Code of medical and sanitary regulations for the guidance of medical officers serving in the Madras Presidency - Volume II
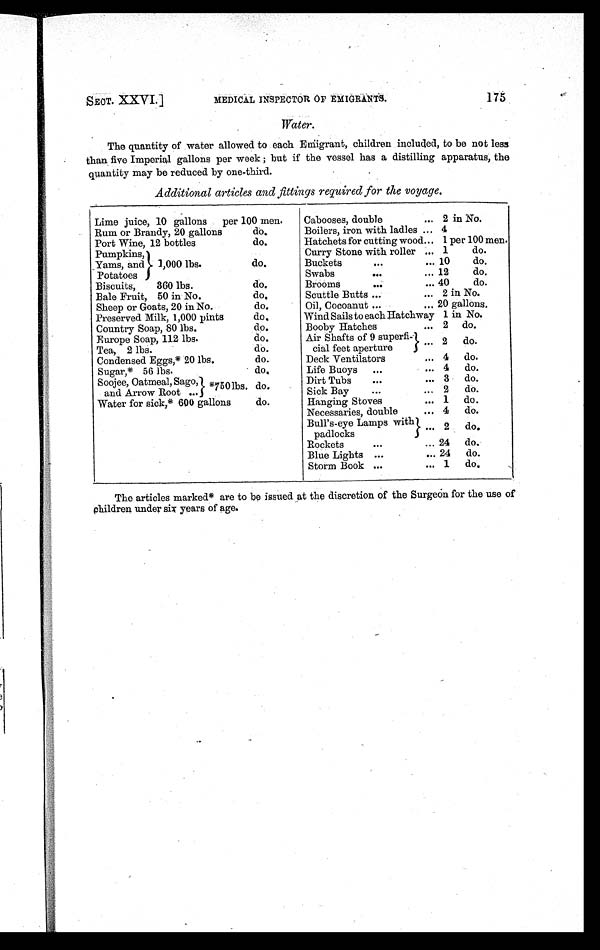
SECT.
XXVI.]
MEDICAL INSPECTOR OF EMIGRANTS.
175
Water.
The quantity of water allowed to each Emigrant, children included, to be not less
than five Imperial gallons per week; but if the vessel has a distilling apparatus, the
quantity may be reduced by one-third.
Additional articles and fittings required for the voyage.
Lime juice, 10 gallons per 100 men.
Cabooses, double
... 2 in No.
Rum or Brandy, 20 gallons
do.
Boilers, iron with ladles ... 4
Port Wine, 12 bottles
do.
Hatchets for cutting wood... 1 per 100 men.
Pumpkins,
1,000 Ibs.
do.
Curry Stone with roller ... 1
do.
Yams, and
Buckets
. . .
... 10
do.
Potatoes
Swabs
. . .
... 12
do.
Biscuits, 360 Ibs.
do.
Brooms
. . .
... 40
do.
Bale Fruit, 50 in No.
d o .
Scuttle Butts ...
... 2 in No.
Sheep or Goats, 20 in No.
d o .
Oil, Cocoanut ...
... 20 gallons.
Preserved Milk, 1,000 pints
d o .
Wind Sails to each Hatchway 1 in No.
Country Soap, 80 lbs.
do.
Booby Hatches
... 2 do.
Europe Soap, 112 lbs.
do.
Air Shafts of 9 superfil
. . . . 2
do.
Tea, 2 lbs.
do.
cial feet aperture
Condensed Eggs,* 20 lbs.
do.
Deck Ventilators
... 4
do.
Sugar,* 56 lbs.
d o .
Life Buoys
...
... 4
do.
Soojee, Oatmeal, Sago, *750I bs.
do.
Dirt Tubs
Sick Bay
...
. . .
...
...
3
2
do.
do.
and Arrow Root ...
Water for sick,* 600 gallons
do.
Hanging Stoves
... 1
do.
Necessaries, double
... 4
do.
. . . 2
do
Bull's-eye Lamps with}
padlocks
Rockets
. . .
... 24
do.
Blue Lights ...
... 24
do.
Storm Book ...
... 1
do,
The articles marked* are to be issued at the discretion of the Surgeon for the use of
children under six years of age.